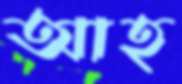
আহ